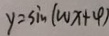
y = \sin ( w x + \varphi )